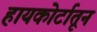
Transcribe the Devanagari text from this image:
हायकोर्टातून